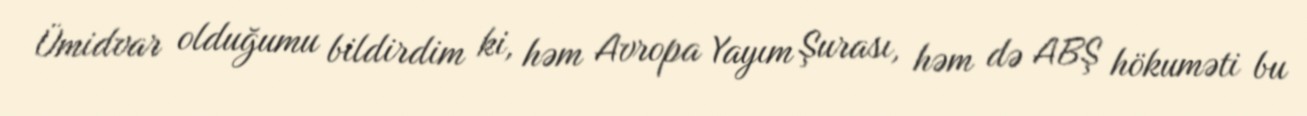
Ümidvar olduğumu bildirdim ki, həm Avropa Yayım Şurası, həm də ABŞ hökuməti bu